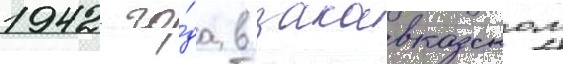
1942 го́да в закавказском